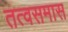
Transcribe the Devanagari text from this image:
तत्वसमास